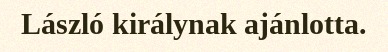
László királynak ajánlotta.